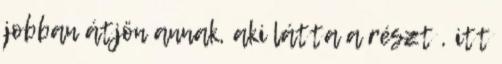
jobban átjön annak, aki látta a részt , itt